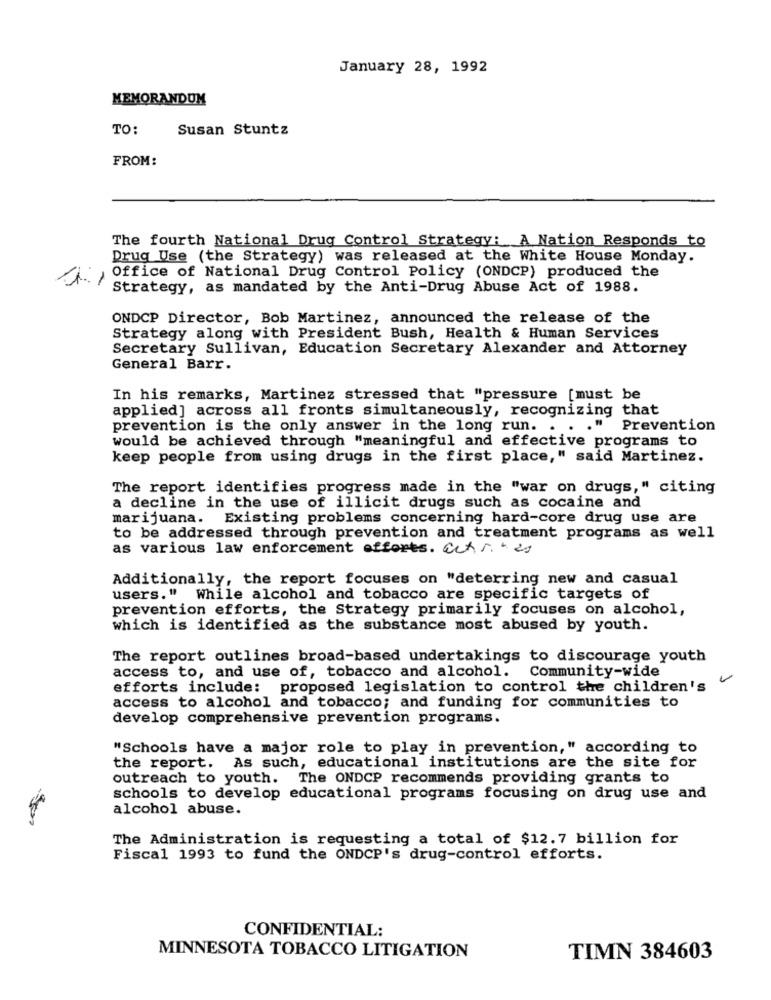
January 28, 1992
MEMORANDUM
TO:
Susan Stuntz
FROM:
The fourth National Drug Control Strategy: A Nation Responds to
Drug Use (the Strategy) was released at the White House Monday.
Office of National Drug Control Policy (ONDCP) produced the
Strategy, as mandated by the Anti-Drug Abuse Act of 1988.
ONDCP Director, Bob Martinez, announced the release of the
Strategy along with President Bush, Health & Human Services
Secretary Sullivan, Education Secretary Alexander and Attorney
General Barr.
In his remarks, Martinez stressed that "pressure [must be
applied] across all fronts simultaneously, recognizing that
prevention is the only answer in the long run. .
." Prevention
would be achieved through "meaningful and effective programs to
keep people from using drugs in the first place," said Martinez.
The report identifies progress made in the "war on drugs," citing
a decline in the use of illicit drugs such as cocaine and
marijuana. Existing problems concerning hard-core drug use are
to be addressed through prevention and treatment programs as well
as various law enforcement efforts. cctres
Additionally, the report focuses on "deterring new and casual
users." While alcohol and tobacco are specific targets of
prevention efforts, the Strategy primarily focuses on alcohol,
which is identified as the substance most abused by youth.
The report outlines broad-based undertakings to discourage youth
access to, and use of, tobacco and alcohol. Community-wide
efforts include: proposed legislation to control the children's
access to alcohol and tobacco; and funding for communities to
develop comprehensive prevention programs.
"Schools have a major role to play in prevention," according to
the report. As such, educational institutions are the site for
outreach to youth. The ONDCP recommends providing grants to
schools to develop educational programs focusing on drug use and
alcohol abuse.
-
The Administration is requesting a total of $12.7 billion for
Fiscal 1993 to fund the ONDCP's drug-control efforts.
CONFIDENTIAL:
MINNESOTA TOBACCO LITIGATION
TIMN 384603